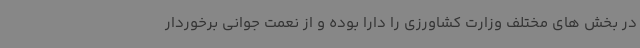
در بخش های مختلف وزارت کشاورزی را دارا بوده و از نعمت جوانی برخوردار